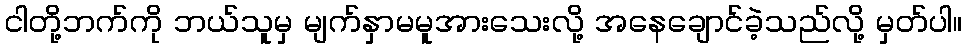
ငါတို့ဘက်ကို ဘယ်သူမှ မျက်နှာမမူအားသေးလို့ အနေချောင်ခဲ့သည်လို့ မှတ်ပါ။